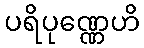
ပရိပုဏ္ဏေဟိ